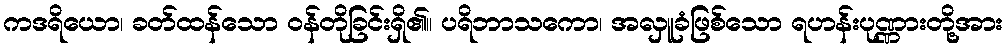
ကဒရိယော၊ ခတ်ထန်သော ဝန်တိုခြင်းရှိ၏။ ပရိဘာသကော၊ အလှူခံဖြစ်သော ရဟန်းပုဏ္ဏားတို့အား